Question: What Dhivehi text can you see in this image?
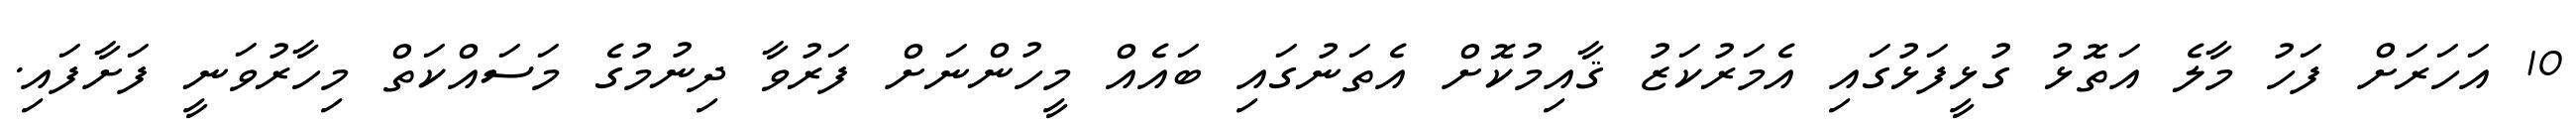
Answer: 10 އަހަރަށް ފަހު މާލެ އަތޮޅު ގުޅީފަޅުގައި އެމަރުކަޒު ޤާއިމުކޮށް އެތަނުގައި ބައެއް މީހުންނަށް ފަރުވާ ދިނުމުގެ މަސައްކަތް މިހާރުވަނީ ފަށާފައި.